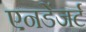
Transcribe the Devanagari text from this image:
एनडेंजर्ट